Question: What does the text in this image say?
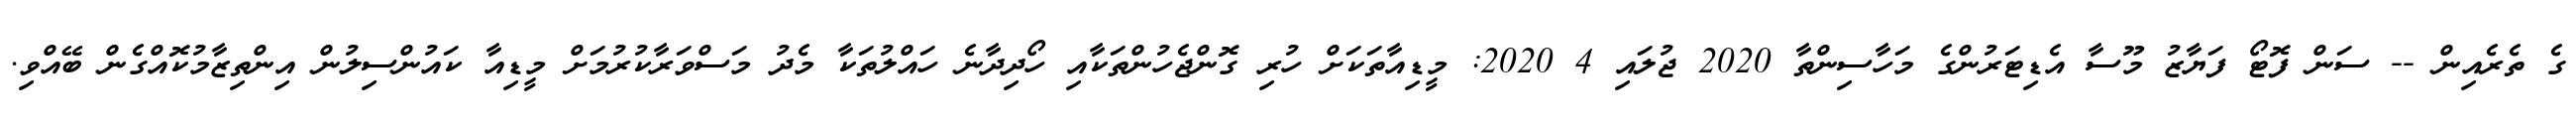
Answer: ގެ ތެރެއިން -- ސަން ފޮޓޯ ފަޔާޒު މޫސާ އެޑިޓަރުންގެ މަހާސިންތާ 2020 ޖުލައި 4 2020: މީޑިއާތަކަށް ހުރި ގޮންޖެހުންތަކާއި ހޯދިދާނެ ހައްލުތަކާ މެދު މަސްވަރާކުރުމަށް މީޑިއާ ކައުންސިލުން އިންތިޒާމުކޮއްގެން ބޭއްވި.